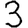
Digit: 3